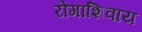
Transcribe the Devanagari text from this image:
रोगाशिवाय